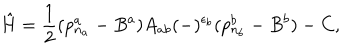
\hat { H } = \frac { 1 } { 2 } ( p _ { n _ { a } } ^ { a } - B ^ { a } ) A _ { a b } ( - ) ^ { \epsilon _ { b } } ( p _ { n _ { b } } ^ { b } - B ^ { b } ) - C ,